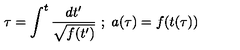
\tau = \int _ { } ^ { t } { \frac { d t ^ { \prime } } { \sqrt { f ( t ^ { \prime } ) } } } \ ; \ a ( \tau ) = f ( t ( \tau ) )